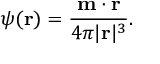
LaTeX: \psi ( \mathbf { r } ) = { \frac { \mathbf { m } \cdot \mathbf { r } } { 4 \pi | \mathbf { r } | ^ { 3 } } } .